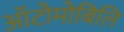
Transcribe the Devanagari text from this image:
ऑटोमोबिलि